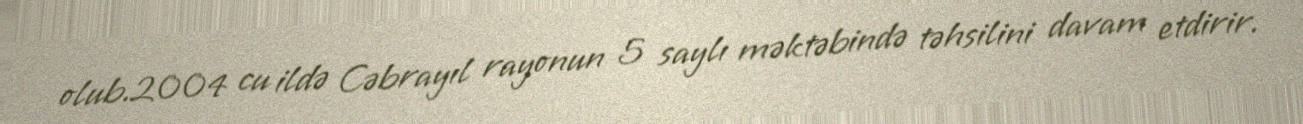
olub.2004 cu ildə Cəbrayıl rayonun 5 saylı məktəbində təhsilini davam etdirir.